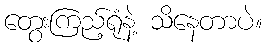
တွေးကြည့်ရုံနဲ့ သိနေတာပဲ။